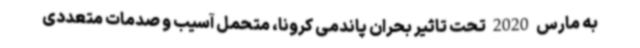
به مارس 2020 تحت تاثیر بحران پاندمی کرونا، متحمل آسیب و صدمات متعددی